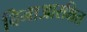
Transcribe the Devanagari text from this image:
बिनाआरक्षित